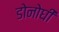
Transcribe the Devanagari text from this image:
डोनोघी